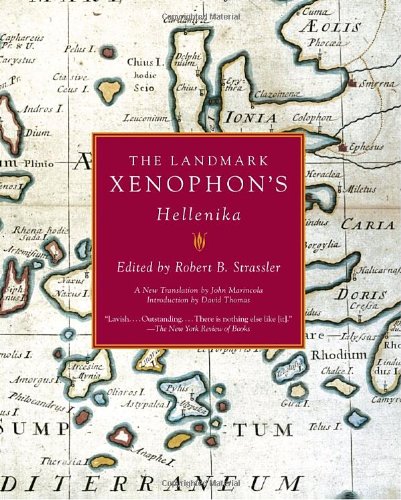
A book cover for The Landmark Xenophon's Hellenika; Xenophon; History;